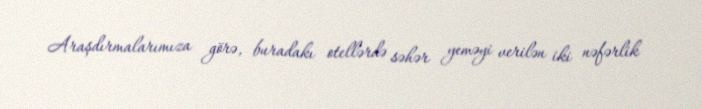
Araşdırmalarımıza görə, buradakı otellərdə səhər yeməyi verilən iki nəfərlik